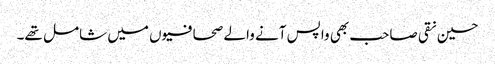
حسین نقی صاحب بھی واپس آنے والے صحافیوں میں شامل تھے۔